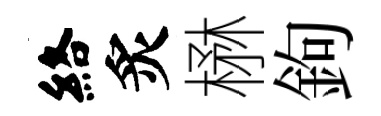
絡炙楙鉤